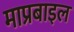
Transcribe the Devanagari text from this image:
माप्रबाइल